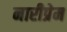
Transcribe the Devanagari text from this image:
नारीप्रेम